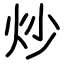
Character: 炒